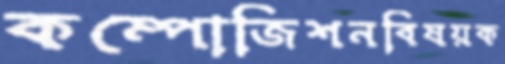
কম্পোজিশনবিষয়ক